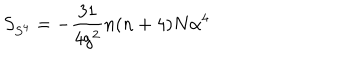
S _ { S ^ { 4 } } = - \frac { 3 1 } { 4 g ^ { 2 } } n ( n + 4 ) N \alpha ^ { 4 }